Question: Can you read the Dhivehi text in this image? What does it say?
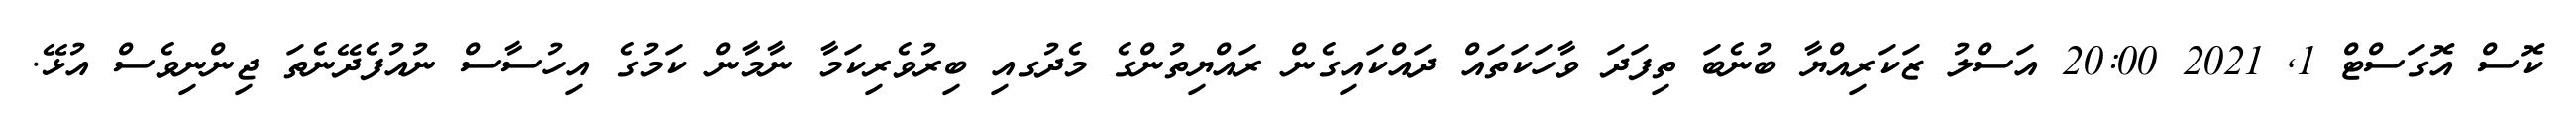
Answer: ކޮސް އޮގަސްޓް 1, 2021 20:00 އަސްލު ޒަކަރިއްޔާ ބުނެބަ ތިފަދަ ވާހަކަތައް ދައްކައިގެން ރައްޔިތުންގެ މެދުގއި ބިރުވެރިކަމާ ނާމާން ކަމުގެ އިހުސާސް ނުއުފެދޭނެތަ ޖިންނިވެސް އުޅޭ.